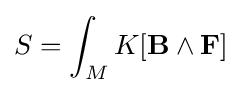
S=\int _{M}K[\mathbf {B} \wedge \mathbf {F} ]